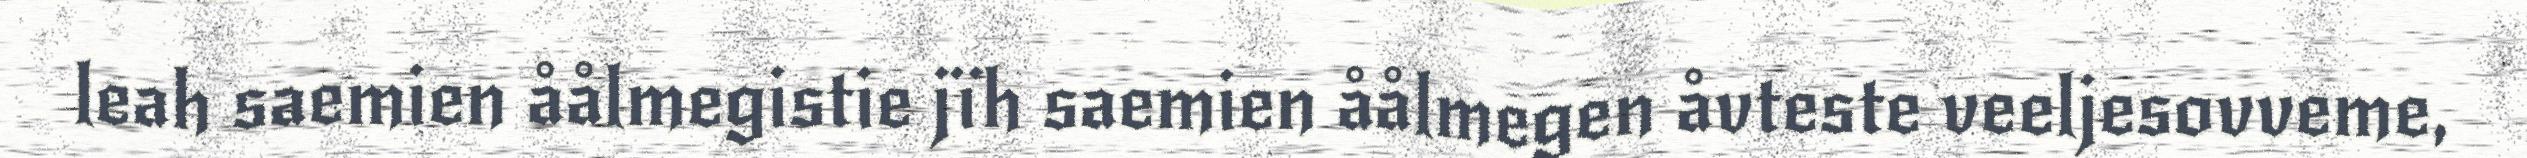
leah saemien åålmegistie jïh saemien åålmegen åvteste veeljesovveme,